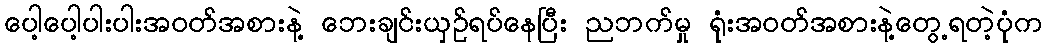
ပေါ့ပေါ့ပါးပါးအဝတ်အစားနဲ့ ဘေးချင်းယှဉ်ရပ်နေပြီး ညဘက်မှု ရုံးအဝတ်အစားနဲ့တွေ့ရတဲ့ပုံက